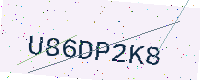
Text: U86DP2K8